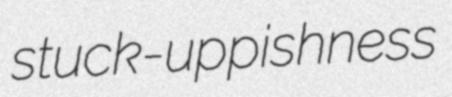
stuck-uppishness